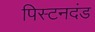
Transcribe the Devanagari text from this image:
पिस्टनदंड